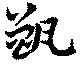
甑